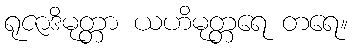
ရုဇာဒိမုတ္တာ ယဟိမုတ္တရေ တရေ။